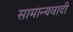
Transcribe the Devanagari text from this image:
सामान्यवादी